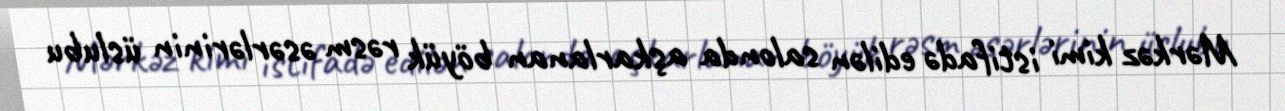
Mərkəz kimi istifadə edilən salonda aşkarlanan böyük rəsm əsərlərinin üslubu